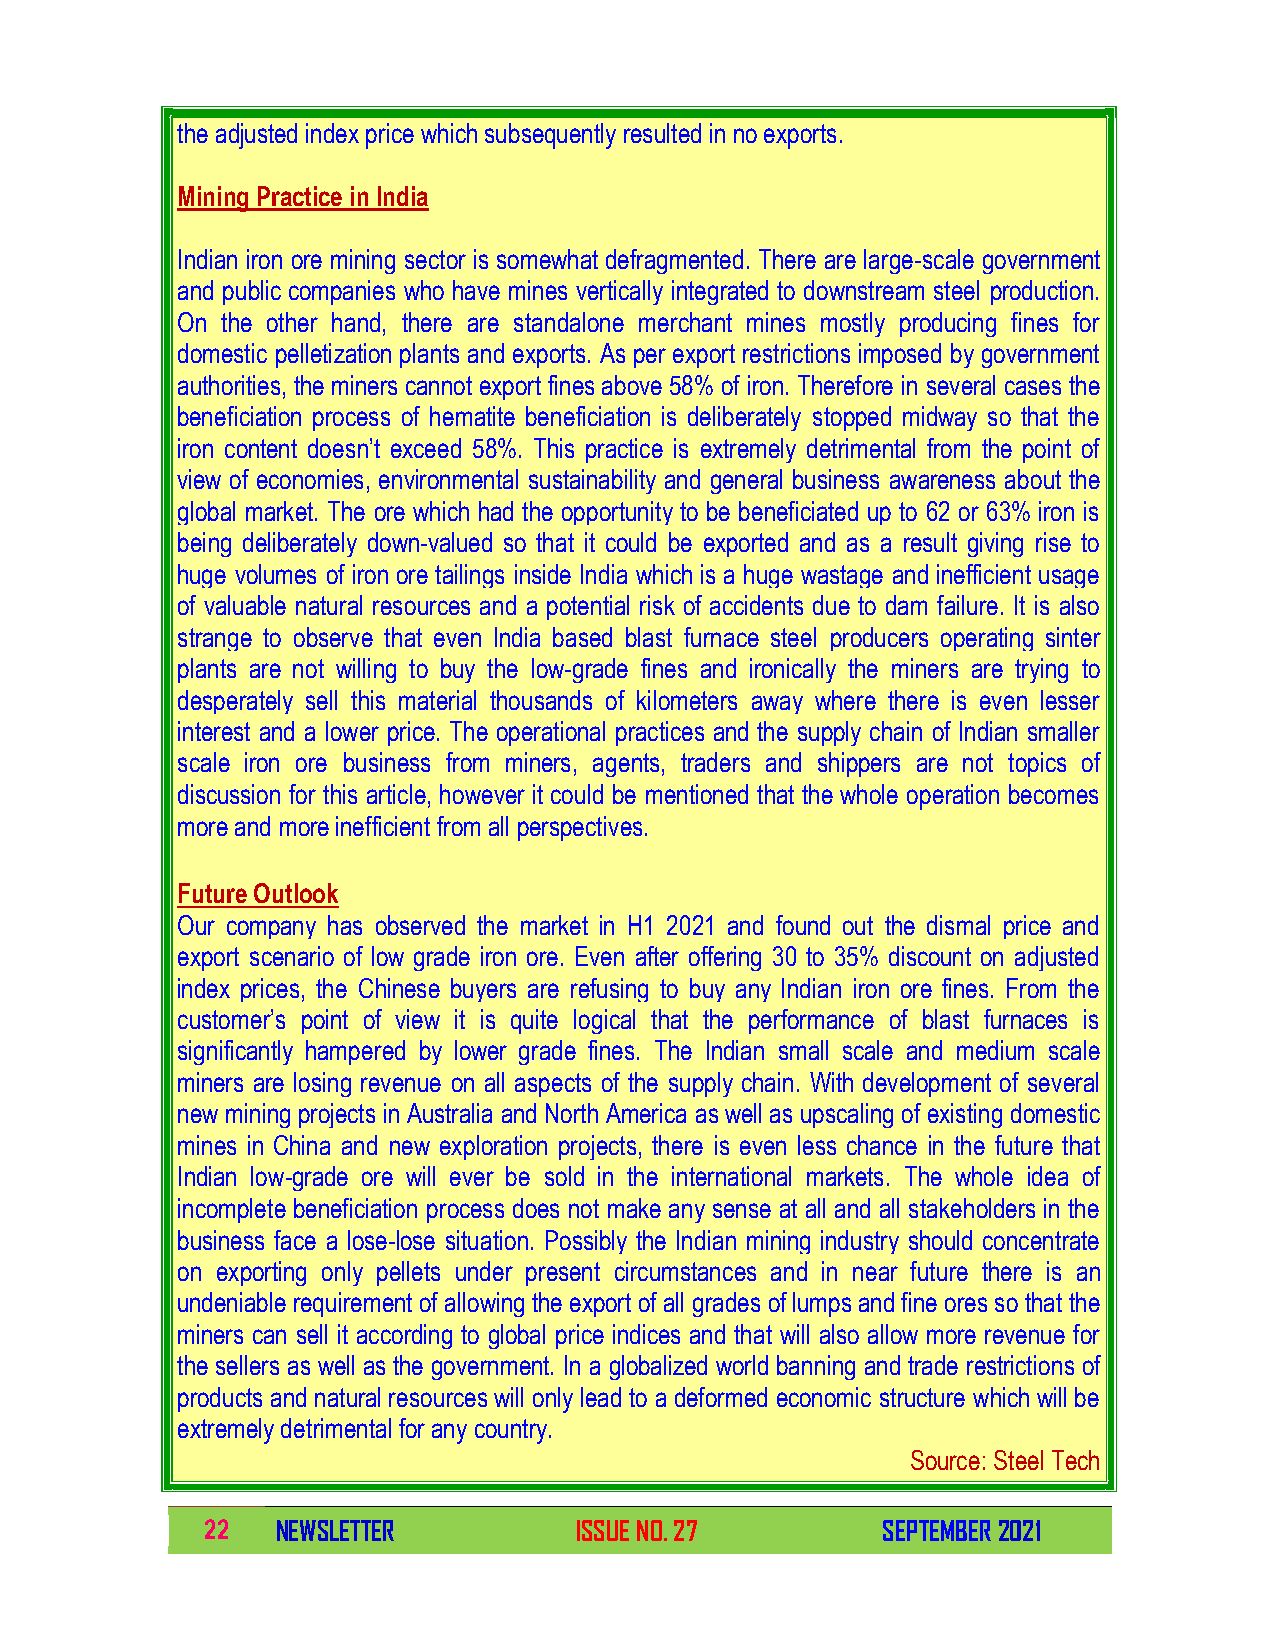
the adjusted index price which subsequently resulted in no exports.
 Mining Practice in India
 Indian iron ore mining sector is somewhat defragmented. There are large-scale government
 and public companies who have mines vertically integrated to downstream steel production.
 On the other hand, there are standalone merchant mines mostly producing fines for
 domestic pelletization plants and exports. As per export restrictions imposed by government
 authorities, the miners cannot export fines above 58% of iron. Therefore in several cases the
 beneficiation process of hematite beneficiation is deliberately stopped midway so that the
 iron content doesn’t exceed 58%. This practice is extremely detrimental from the point of
 view of economies, environmental sustainability and general business awareness about the
 global market. The ore which had the opportunity to be beneficiated up to 62 or 63% iron is
 being deliberately down-valued so that it could be exported and as a result giving rise to
 huge volumes of iron ore tailings inside India which is a huge wastage and inefficient usage
 of valuable natural resources and a potential risk of accidents due to dam failure. It is also
 strange to observe that even India based blast furnace steel producers operating sinter
 plants are not willing to buy the low-grade fines and ironically the miners are trying to
 desperately sell this material thousands of kilometers away where there is even lesser
 interest and a lower price. The operational practices and the supply chain of Indian smaller
 scale iron ore business from miners, agents, traders and shippers are not topics of
 discussion for this article, however it could be mentioned that the whole operation becomes
 more and more inefficient from all perspectives.
 Future Outlook
 Our company has observed the market in H1 2021 and found out the dismal price and
 export scenario of low grade iron ore. Even after offering 30 to 35% discount on adjusted
 index prices, the Chinese buyers are refusing to buy any Indian iron ore fines. From the
 customer’s point of view it is quite logical that the performance of blast furnaces is
 significantly hampered by lower grade fines. The Indian small scale and medium scale
 miners are losing revenue on all aspects of the supply chain. With development of several
 new mining projects in Australia and North America as well as upscaling of existing domestic
 mines in China and new exploration projects, there is even less chance in the future that
 Indian low-grade ore will ever be sold in the international markets. The whole idea of
 incomplete beneficiation process does not make any sense at all and all stakeholders in the
 business face a lose-lose situation. Possibly the Indian mining industry should concentrate
 on exporting only pellets under present circumstances and in near future there is an
 undeniable requirement of allowing the export of all grades of lumps and fine ores so that the
 miners can sell it according to global price indices and that will also allow more revenue for
 the sellers as well as the government. In a globalized world banning and trade restrictions of
 products and natural resources will only lead to a deformed economic structure which will be
 extremely detrimental for any country.
 Source: Steel Tech
 22  NEWSLETTER          ISSUE NO. 27        SEPTEMBER 2021